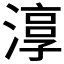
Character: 𱨛